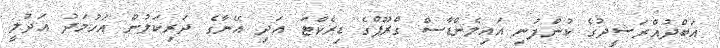
އަބްދުއްރަޝީދުގެ ކުންފުނި އައިލެންޑާސް ގްރޫޕްގެ ޑިރެކްޓަ އަދި އޭނާގެ ދަރިކަލުން އަހުމަދު އަދުލީ